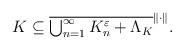
LaTeX: \begin{align*} K \subseteq \overline{\mbox{$\bigcup_{n=1}^{\infty}{K_{n}^{\varepsilon}}$} + \Lambda_{K}}^{\| \cdot \|}. \end{align*}